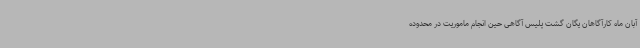
آبان ماه کارآگاهان یگان گشت پلیس آگاهی حین انجام ماموریت در محدوده